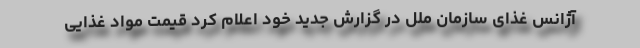
آژانس غذای سازمان ملل در گزارش جدید خود اعلام کرد قیمت مواد غذایی